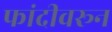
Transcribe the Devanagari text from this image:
फांदीवरून